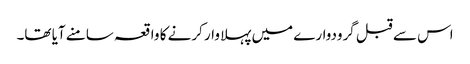
اس سے قبل گرودوارے میں پہلا وار کرنے کا واقعہ سامنے آیا تھا۔